Indian journal of veterinary science and animal husbandry - Volume 13,
Year: 1943
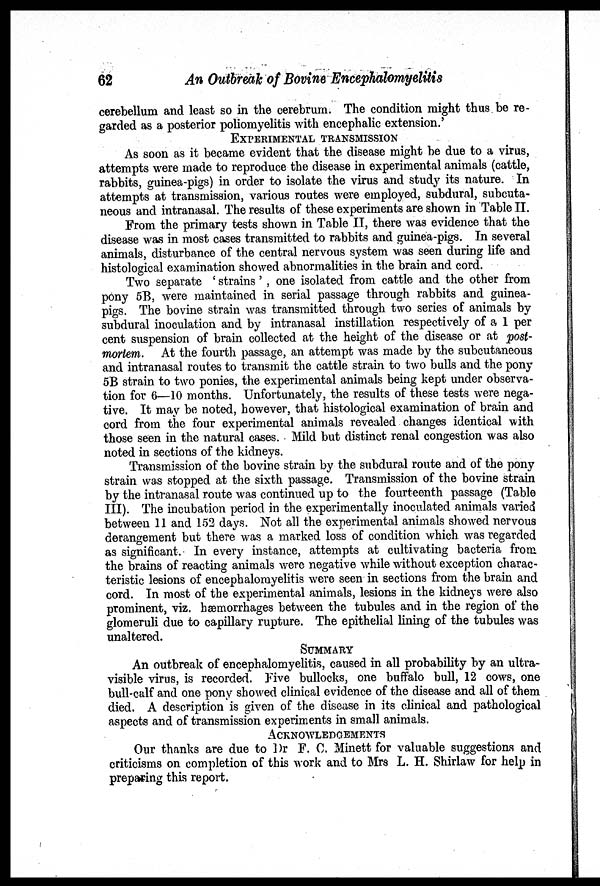
62
An Outbreak of Bovine Encephalomyelitis
cerebellum and least so in the cerebrum. The condition might thus be re-
garded as a posterior poliomyelitis with encephalic extension.'
EXPERIMENTAL TRANSMISSION
As soon as it became evident that the disease might be due to a virus,
attempts were made to reproduce the disease in experimental animals (cattle,
rabbits, guinea-pigs) in order to isolate the virus and study its nature. In
attempts at transmission, various routes were employed, subdural, subcuta-
neous and intranasal. The results of these experiments are shown in Table II.
From the primary tests shown in Table II, there was evidence that the
disease was in most cases transmitted to rabbits and guinea-pigs. In several
animals, disturbance of the central nervous system was seen during life and
histological examination showed abnormalities in the brain and cord.
Two separate ' strains' , one isolated from cattle and the other from
pony 5B, were maintained in serial passage through rabbits and guinea-
pigs. The bovine strain was transmitted through two series of animals by
subdural inoculation and by intranasal instillation respectively of a 1 per
cent suspension of brain collected at the height of the disease or at post-
mortem. At the fourth passage, an attempt was made by the subcutaneous
and intranasal routes to transmit the cattle strain to two bulls and the pony
5B strain to two ponies, the experimental animals being kept under observa-
tion for 6—10 months. Unfortunately, the results of these tests were nega-
tive. It may be noted, however, that histological examination of brain and
cord from the four experimental animals revealed changes identical with
those seen in the natural cases. Mild but distinct renal congestion was also
noted in sections of the kidneys.
Transmission of the bovine strain by the subdural route and of the pony
strain was stopped at the sixth passage. Transmission of the bovine strain
by the intranasal route was continued up to the fourteenth passage (Table
III). The incubation period in the experimentally inoculated animals varied
between 11 and 152 days. Not all the experimental animals showed nervous
derangement but there was a marked loss of condition which was regarded
as significant. In every instance, attempts at cultivating bacteria from
the brains of reacting animals were negative while without exception charac-
teristic lesions of encephalomyelitis were seen in sections from the brain and
cord. In most of the experimental animals, lesions in the kidneys were also
prominent, viz. hæmorrhages between the tubules and in the region of the
glomeruli due to capillary rupture. The epithelial lining of the tubules was
unaltered.
SUMMARY
An outbreak of encephalomyelitis, caused in all probability by an ultra-
visible virus, is recorded. Five bullocks, one buffalo bull, 12 cows, one
bull-calf and one pony showed clinical evidence of the disease and all of them
died. A description is given of the disease in its clinical and pathological
aspects and of transmission experiments in small animals.
ACKNOWLEDGEMENTS
Our thanks are due to Dr F. C. Minett for valuable suggestions and
criticisms on completion of this work and to Mrs L. H. Shirlaw for help in
preparing this report.